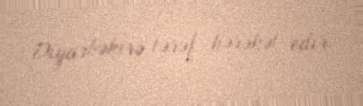
Diyarbəkirə tərəf hərəkət edir.